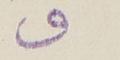
و